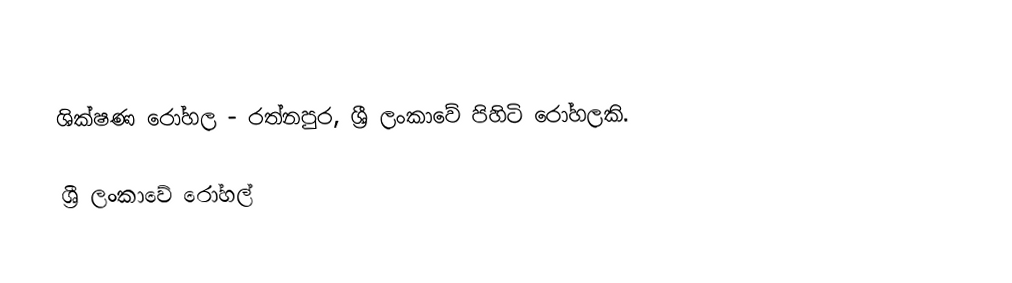
ශික්ෂණ රෝහල - රත්නපුර, ශ්‍රී ලංකාවේ පිහිටි රෝහලකි.

ශ්‍රී ලංකාවේ රෝහල්